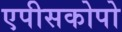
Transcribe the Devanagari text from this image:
एपीसकोपो